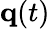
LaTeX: \mathbf{q}(t)